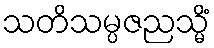
သတိသမ္ပဇညသ္မိံ